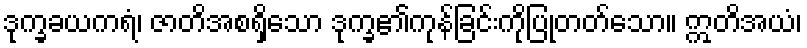
ဒုက္ခခယကရံ၊ ဇာတိအစရှိသော ဒုက္ခ၏ကုန်ခြင်းကိုပြုတတ်သော။ ဣတိအယံ၊